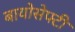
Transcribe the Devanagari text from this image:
बायोसेफ्टी